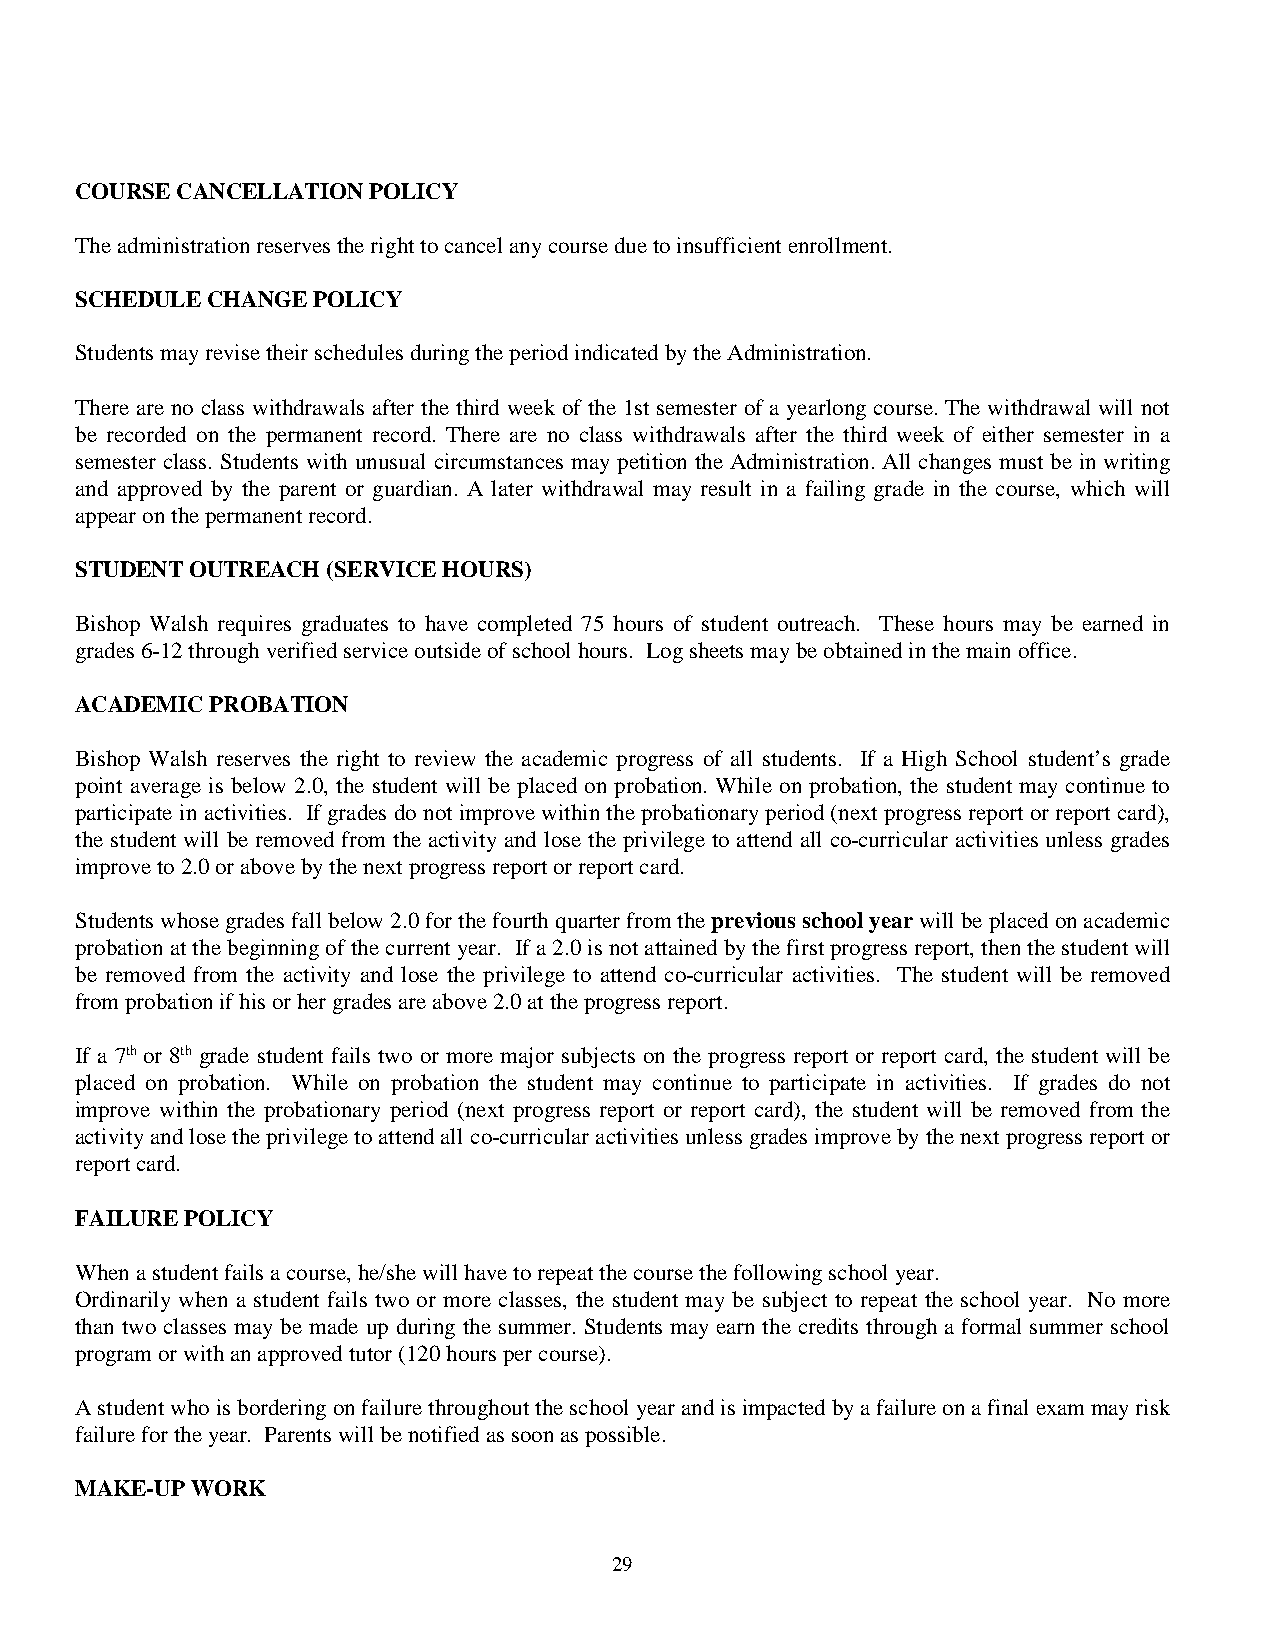
COURSE CANCELLATION POLICY
 The administration reserves the right to cancel any course due to insufficient enrollment.
 SCHEDULE CHANGE POLICY
 Students may revise their schedules during the period indicated by the Administration.
 There are no class withdrawals after the third week of the 1st semester of a yearlong course. The withdrawal will not
 be recorded on the permanent record. There are no class withdrawals after the third week of either semester in a
 semester class. Students with unusual circumstances may petition the Administration. All changes must be in writing
 and approved by the parent or guardian. A later withdrawal may result in a failing grade in the course, which will
 appear on the permanent record.
 STUDENT OUTREACH (SERVICE HOURS)
 Bishop Walsh requires graduates to have completed 75 hours of student outreach. These hours may be earned in
 grades 6-12 through verified service outside of school hours. Log sheets may be obtained in the main office.
 ACADEMIC PROBATION
 Bishop Walsh reserves the right to review the academic progress of all students. If a High School student’s grade
 point average is below 2.0, the student will be placed on probation. While on probation, the student may continue to
 participate in activities. If grades do not improve within the probationary period (next progress report or report card),
 the student will be removed from the activity and lose the privilege to attend all co-curricular activities unless grades
 improve to 2.0 or above by the next progress report or report card.
 Students whose grades fall below 2.0 for the fourth quarter from the previous school year will be placed on academic
 probation at the beginning of the current year. If a 2.0 is not attained by the first progress report, then the student will
 be removed from the activity and lose the privilege to attend co-curricular activities. The student will be removed
 from probation if his or her grades are above 2.0 at the progress report.
 If a 7th or 8th grade student fails two or more major subjects on the progress report or report card, the student will be
 placed on probation. While on probation the student may continue to participate in activities. If grades do not
 improve within the probationary period (next progress report or report card), the student will be removed from the
 activity and lose the privilege to attend all co-curricular activities unless grades improve by the next progress report or
 report card.
 FAILURE POLICY
 When a student fails a course, he/she will have to repeat the course the following school year.
 Ordinarily when a student fails two or more classes, the student may be subject to repeat the school year. No more
 than two classes may be made up during the summer. Students may earn the credits through a formal summer school
 program or with an approved tutor (120 hours per course).
 A student who is bordering on failure throughout the school year and is impacted by a failure on a final exam may risk
 failure for the year. Parents will be notified as soon as possible.
 MAKE-UP WORK
 29